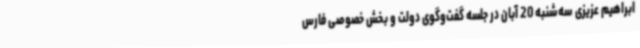
ابراهیم عزیزی سه‌شنبه 20 آبان در جلسه گفت‌وگوی دولت و بخش خصوصی فارس